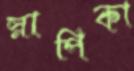
স্নাপিকা